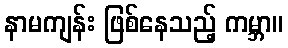
နာမကျန်း ဖြစ်နေသည့် ကမ္ဘာ။